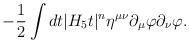
LaTeX: \begin{align*}-{1\over 2} \int dt |H_5 t|^n \eta^{\mu \nu} \partial_{\mu}\varphi\partial_\nu \varphi.\end{align*}